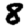
Digit: 8